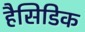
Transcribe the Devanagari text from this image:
हैसिडिक